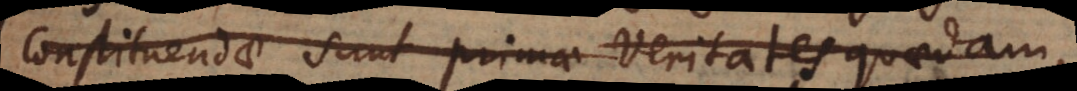
Constituendae sunt primae Veritates quaedam,